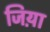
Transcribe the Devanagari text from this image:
जिय़ा